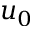
u _ { 0 }